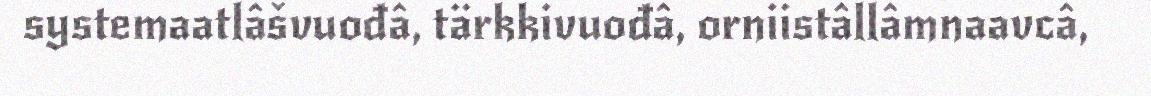
systemaatlâšvuođâ, tärkkivuođâ, orniistâllâmnaavcâ,